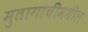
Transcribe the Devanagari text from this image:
मुतागाचीमधील